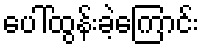
ပေါ်ထွန်းခဲ့ကြောင်း